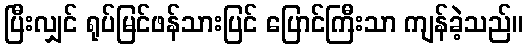
ပြီးလျှင် ရုပ်မြင်ဖန်သားပြင် ပြောင်ကြီးသာ ကျန်ခဲ့သည်။